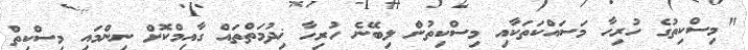
"މިސްކިތުގެ ހުރިހާ މަސައްކަތަކާއި މިސްކިތުން ލިބޭނެ ހުރިހާ ޚިދުމަތްތައް ގާއިމްކޮށް ނިންމައި މިސްކިތް